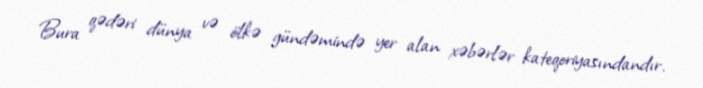
Bura qədəri dünya və ölkə gündəmində yer alan xəbərlər kateqoriyasındandır.